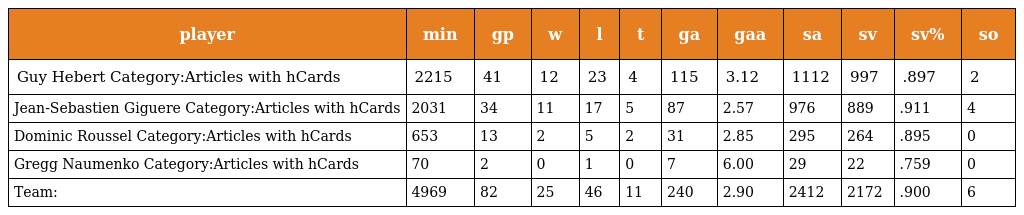
| player | min | gp | w | l | t | ga | gaa | sa | sv | sv% | so |
 | --- | --- | --- | --- | --- | --- | --- | --- | --- | --- | --- | --- |
 | Guy Hebert Category:Articles with hCards | 2215 | 41 | 12 | 23 | 4 | 115 | 3.12 | 1112 | 997 | .897 | 2 |
 | Jean-Sebastien Giguere Category:Articles with hCards | 2031 | 34 | 11 | 17 | 5 | 87 | 2.57 | 976 | 889 | .911 | 4 |
 | Dominic Roussel Category:Articles with hCards | 653 | 13 | 2 | 5 | 2 | 31 | 2.85 | 295 | 264 | .895 | 0 |
 | Gregg Naumenko Category:Articles with hCards | 70 | 2 | 0 | 1 | 0 | 7 | 6.00 | 29 | 22 | .759 | 0 |
 | Team: | 4969 | 82 | 25 | 46 | 11 | 240 | 2.90 | 2412 | 2172 | .900 | 6 |